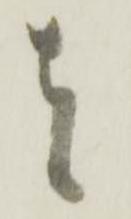
者